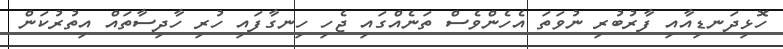
ހޮޅިދަނޑިއާއި ފާރުބުރި ނުވަތަ އެހެންވެސް ތަނެއްގައި ޖެހި ހިނގާފައި ހުރި ހާދިސާތައް އިތުރުކަން